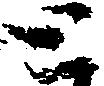
と